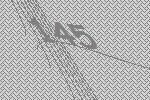
145